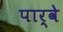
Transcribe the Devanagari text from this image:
पार्वे